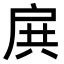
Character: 𢩉